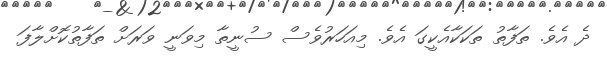
ދެ އެވެ. ތަފާތު ތަކަކާއެކީގަ އެވެ. މިއަހަރުވެސް ސުނީތާ މިވަނީ ވަރަށް ތަފާތުކޮށްލާފަ